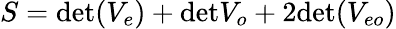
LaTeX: S=\mathrm{det}(V_{e})+\mathrm{det}V_{o}+2\mathrm{det}(V_{eo})